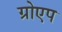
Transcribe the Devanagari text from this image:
ग्रोएप